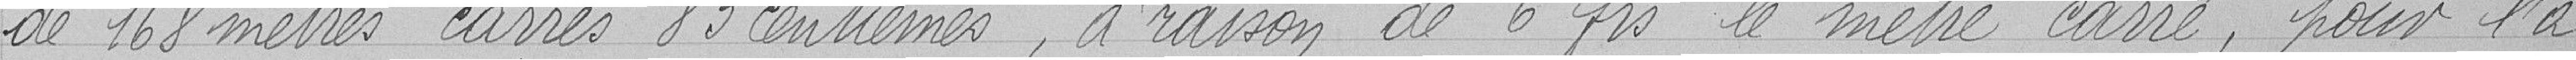
de 168 mètres carrés 83 centièmes, à raison de 6 francs le mètre carré , pour l'a-